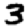
Digit: 3